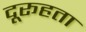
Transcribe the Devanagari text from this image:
दूरूहता